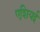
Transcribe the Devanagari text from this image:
एशियई